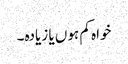
خواہ کم ہوں یا زیادہ۔